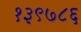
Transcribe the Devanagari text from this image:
१३९७८६